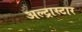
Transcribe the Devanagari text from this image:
अल्ट्रास्टार